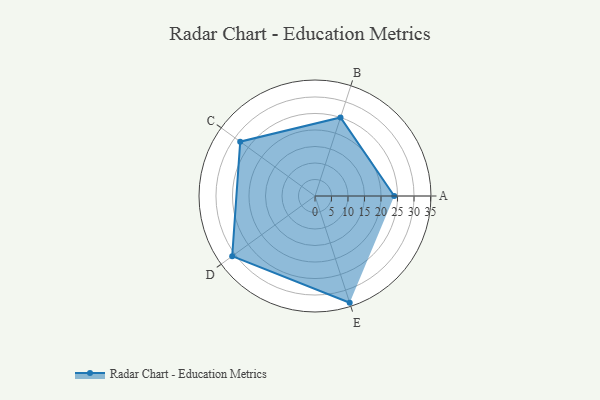
{"axis": {"x": "Skill", "y": "Score"}, "legend": ["Profile"], "data": [{"x": "A", "y": 24.0, "type": "Profile"}, {"x": "B", "y": 25.0, "type": "Profile"}, {"x": "C", "y": 28.0, "type": "Profile"}, {"x": "D", "y": 31.0, "type": "Profile"}, {"x": "E", "y": 34.0, "type": "Profile"}]}